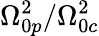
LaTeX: {\Omega_{0p}^{2}}/{\Omega_{0c}^{2}}